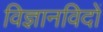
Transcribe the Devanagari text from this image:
विज्ञानविदों